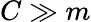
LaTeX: C\gg m